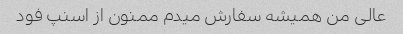
عالی من همیشه سفارش میدم ممنون از اسنپ فود